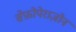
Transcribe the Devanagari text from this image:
सेफ़ोपेराज़ोन